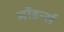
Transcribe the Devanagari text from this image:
मॉडर्न्स